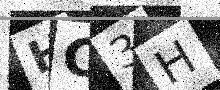
Text: HC3H